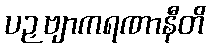
ပဉှဗျာကရဏာနီတိ